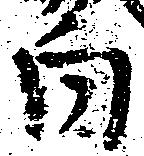
向